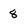
Character: 8